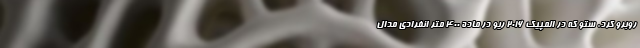
روبرو کرد. ستو که در المپیک ۲۰۱۶ ریو در ماده ۴۰۰ متر انفرادی مدال